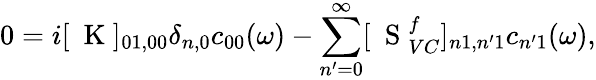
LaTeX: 0=i[\mathrm{~\mathbf~K~}]_{01,00}\delta_{n,0}c_{00}(\omega)-\sum_{n^{\prime}=0}^{\infty}[\mathrm{~\mathbf~S~}_{VC}^{f}]_{n1,n^{\prime}1}c_{n^{\prime}1}(\omega),